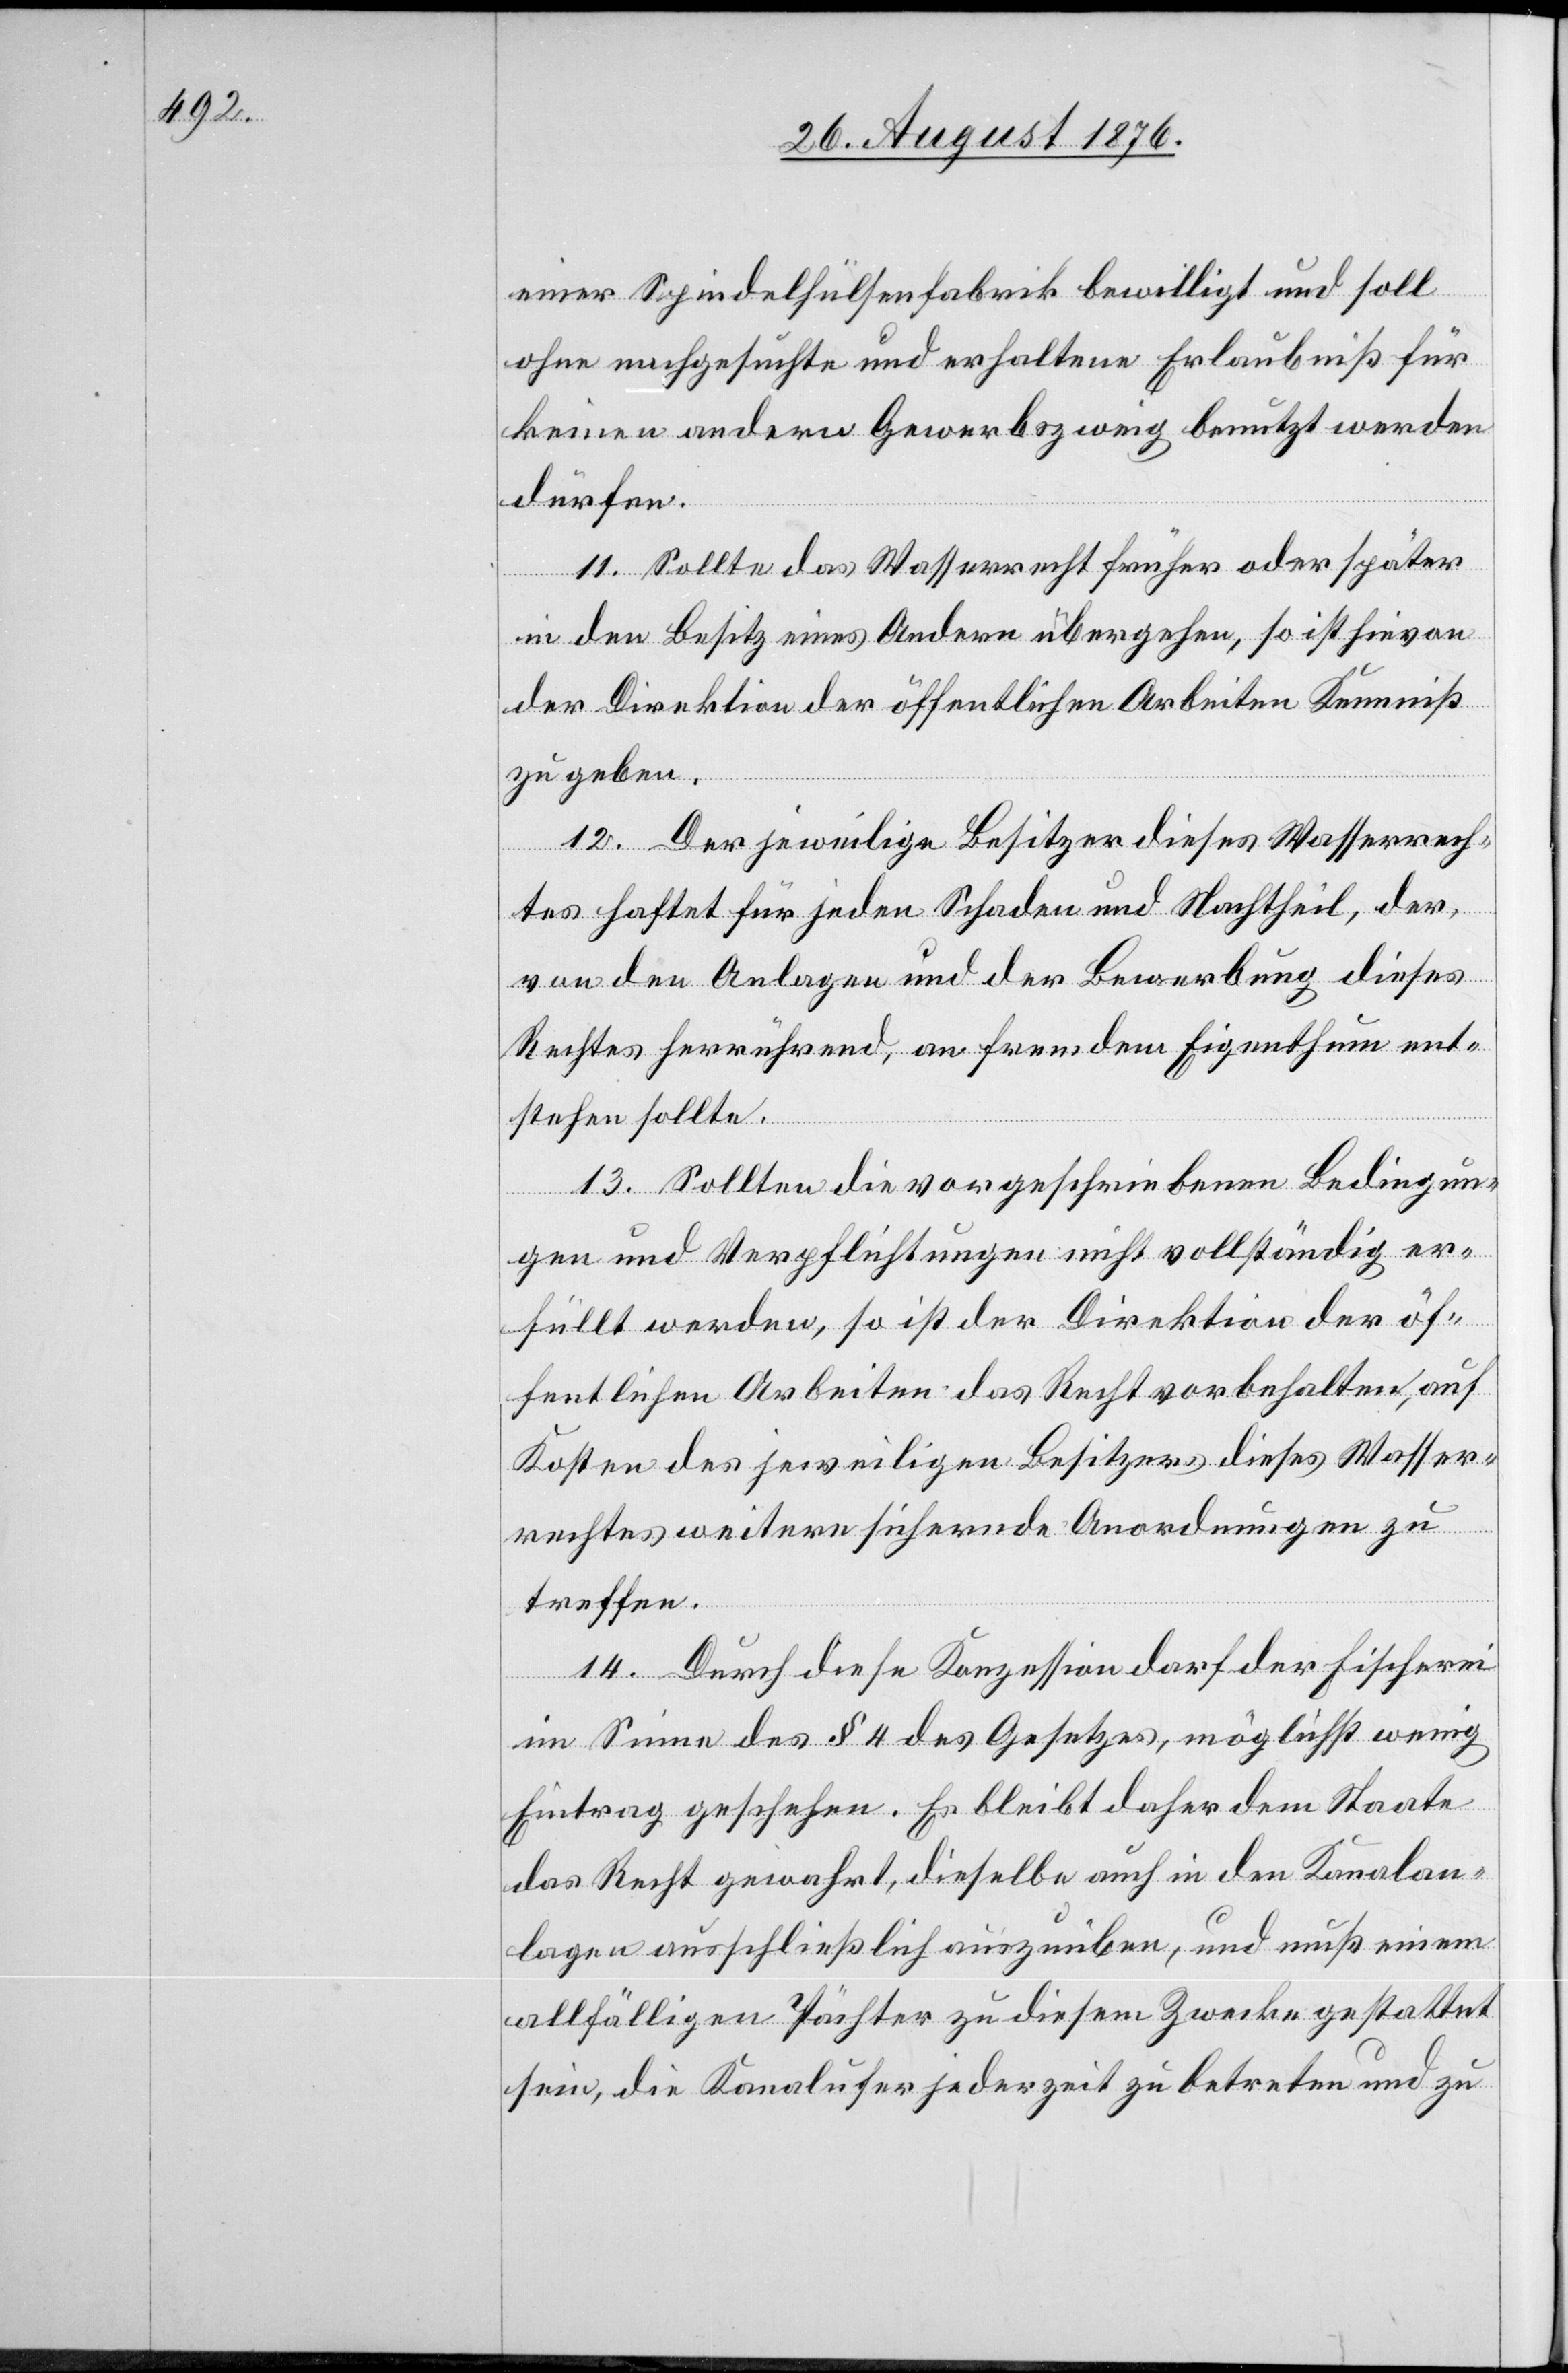
einer Spindelhülsenfabrik bewilligt und soll
ohne nachgesuchte und erhaltene Erlaubniß für
keinen andern Gewerbszweig benutzt werden
dürfen.
11. Sollte das Wasserrecht früher oder später
in den Besitz eines Andern übergehen, so ist hievon
der Direktion der öffentlichen Arbeiten Kenntniß
zu geben.
12. Der jeweilige Besitzer dieses Wasserrech¬
tes haftet für jeden Schaden und Nachtheil, der,
von den Anlagen und der Bewerbung dieses
Rechtes herrührend, an fremdem Eigenthum ent¬
stehen sollte.
13. Sollten die vorgeschriebenen Bedingun¬
gen und Verpflichtungen nicht vollständig er¬
füllt werden, so ist der Direktion der öf¬
fentlichen Arbeiten das Recht vorbehalten, auf
Kosten des jeweiligen Besitzers dieses Wasser¬
rechtes weitere sichernde Anordnungen zu
treffen.
14. Durch diese Konzession darf der Fischerei
im Sinne des § 4 des Gesetzes, möglichst wenig
Eintrag geschehen. Es bleibt daher dem Staate
das Recht gewahrt, dieselbe auch in den Kanalan¬
lagen ausschließlich auszuüben, und muß einem
allfälligen Pächter zu diesem Zwecke gestattet
sein, die Kanalufer jederzeit zu betreten und zu